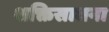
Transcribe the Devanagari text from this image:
शक्तिसाधना